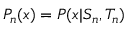
P _ { n } ( x ) = P ( x | S _ { n } , T _ { n } )